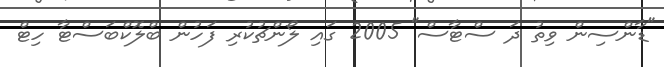
"ޑާންސިން ވިތު ދަ ސްޓާސް" 2005 ގައި ލޯންޗުކުރި ފަހުން ބްލޮކްބަސްޓާ ހިޓް